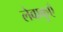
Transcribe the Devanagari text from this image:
लेवाकुएँ